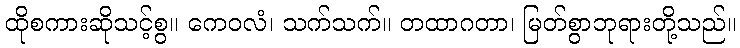
ထိုစကားဆိုသင့်စွ။ ကေဝလံ၊ သက်သက်။ တထာဂတာ၊ မြတ်စွာဘုရားတို့သည်။